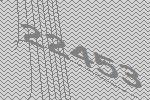
22453